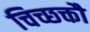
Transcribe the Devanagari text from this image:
चिच्छक्तौ